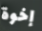
إخوة